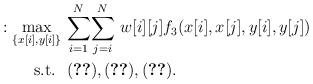
LaTeX: \begin{align*}:\underset{\{x[i],y[i]\}}{\max}~&\underset{i=1}{\overset{N}{\sum}} \underset{j=i}{\overset{N}{\sum}} ~w[i][j] f_3(x[i],x[j],y[i],y[j]) \\\mathrm{s.t.} ~~& (\ref{maxV1}), (\ref{maxV2}), (\ref{maxV3}). \end{align*}